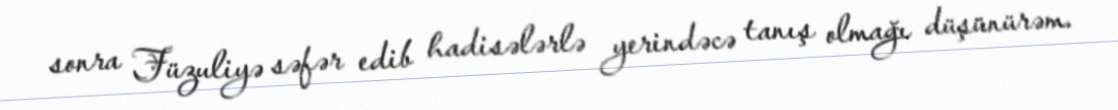
sonra Füzuliyə səfər edib hadisələrlə yerindəcə tanış olmağı düşünürəm.